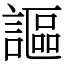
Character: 謳